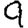
Digit: 9